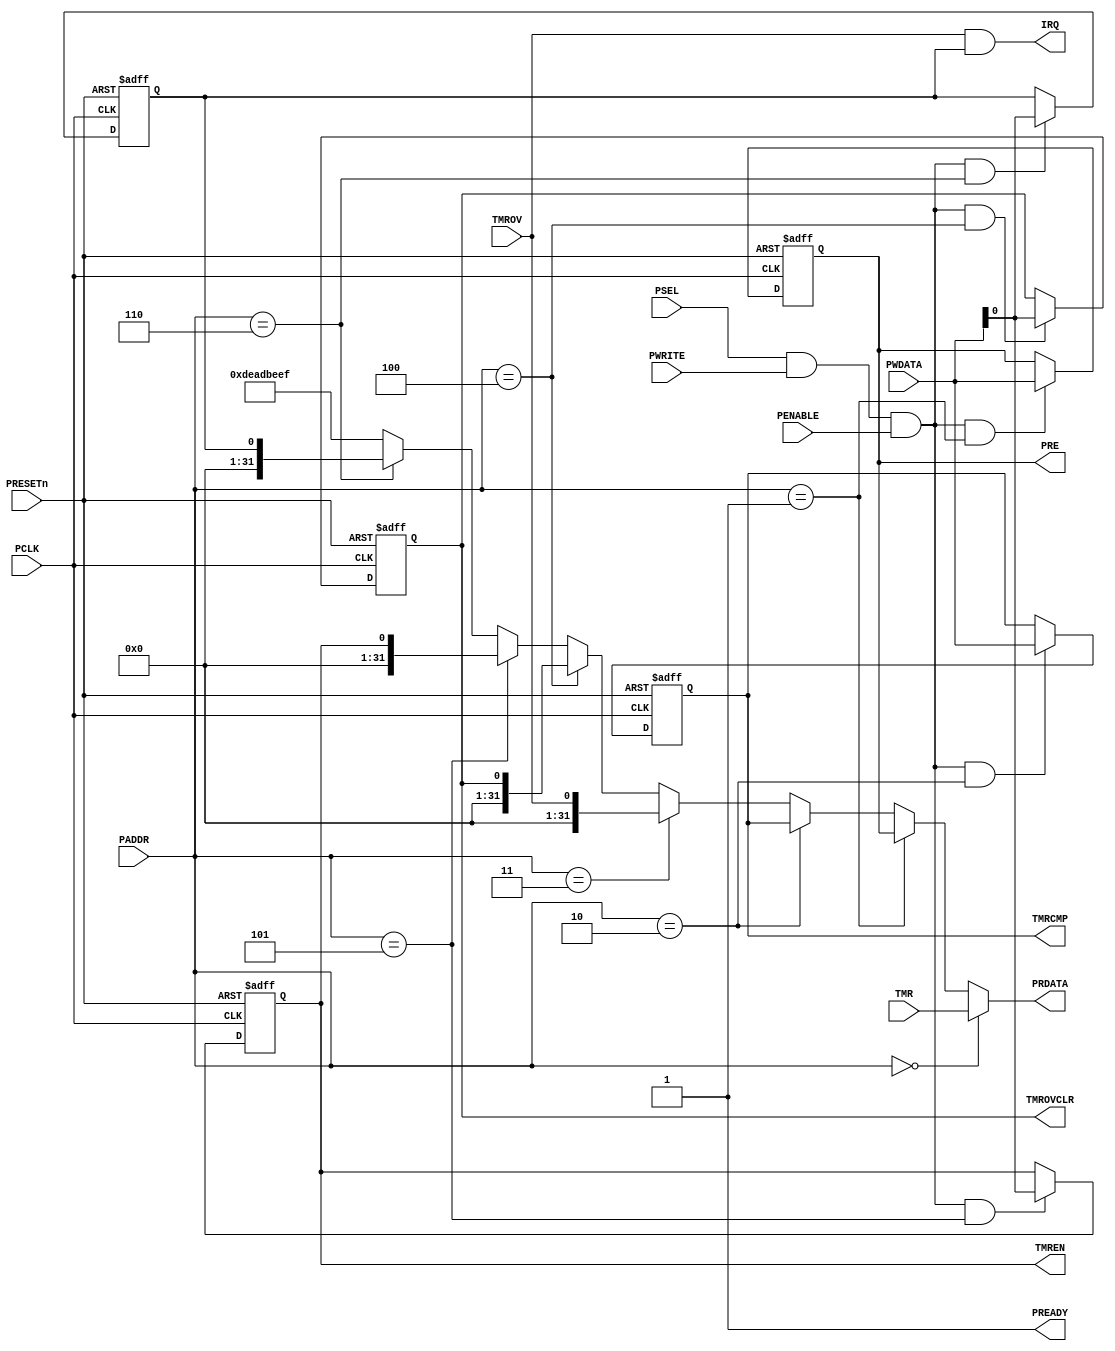
module APB_TIMER32 (
	// APB Interface
	// clock and reset 
	input  wire        PCLK,    
	//input  wire        PCLKG,   // Gated clock
	input  wire        PRESETn, // Reset

	// input ports
	input  wire        PSEL,    // Select
	input  wire [5:3] PADDR,   // Address
	input  wire        PENABLE, // Transfer control
	input  wire        PWRITE,  // Write control
	input  wire [31:0] PWDATA,  // Write data

	// output ports
	output wire [31:0] PRDATA,  // Read data
	output wire        PREADY,
	// Device ready

	// IP Interface
	output		IRQ,

	// TMR register/fields
	input [31:0] TMR,


	// PRE register/fields
	output [31:0] PRE,


	// TMRCMP register/fields
	output [31:0] TMRCMP,


	// TMROV register/fields
	input [0:0] TMROV,


	// TMROVCLR register/fields
	output [0:0] TMROVCLR,


	// TMREN register/fields
	output [0:0] TMREN

);

	parameter [2:0] TMR_ADDR      = 3'h0;
	parameter [2:0] PRE_ADDR      = 3'h1;
	parameter [2:0] TMRCMP_ADDR   = 3'h2;
	parameter [2:0] TMROV_ADDR    = 3'h3;
	parameter [2:0] TMROVCLR_ADDR = 3'h4;
	parameter [2:0] TMREN_ADDR    = 3'h5;
	parameter [2:0] IRQEN_ADDR    = 3'h6;

	wire rd_enable;
	wire wr_enable;
	assign  rd_enable = PSEL & (~PWRITE); 
	assign  wr_enable = PSEL & PWRITE & (PENABLE); 
	assign  PREADY = 1'b1;
    

    reg [31:0] PRE;

    reg [31:0] TMRCMP;

    reg [0:0] TMROVCLR;

    reg [0:0] TMREN;

    wire[31:0] TMR;
    wire[0:0] TMROV;

	// Register: PRE
	wire PRE_select = wr_enable & (PADDR[5:3] == PRE_ADDR);

    always @(posedge PCLK or negedge PRESETn)
    begin
        if (~PRESETn)
            PRE <= 32'h0;
        else if (PRE_select)
            PRE <= PWDATA;
    end
    
	// Register: TMRCMP
	wire TMRCMP_select = wr_enable & (PADDR[5:3] == TMRCMP_ADDR);

    always @(posedge PCLK or negedge PRESETn)
    begin
        if (~PRESETn)
            TMRCMP <= 32'h0;
        else if (TMRCMP_select)
            TMRCMP <= PWDATA;
    end
    
	// Register: TMROVCLR
	wire TMROVCLR_select = wr_enable & (PADDR[5:3] == TMROVCLR_ADDR);

    always @(posedge PCLK or negedge PRESETn)
    begin
        if (~PRESETn)
            TMROVCLR <= 1'h0;
        else if (TMROVCLR_select)
            TMROVCLR <= PWDATA;
    end
    
	// Register: TMREN
	wire TMREN_select = wr_enable & (PADDR[5:3] == TMREN_ADDR);

    always @(posedge PCLK or negedge PRESETn)
    begin
        if (~PRESETn)
            TMREN <= 1'h0;
        else if (TMREN_select)
            TMREN <= PWDATA;
    end
    

	// IRQ Enable Register @ offset 0x100
	reg[0:0] IRQEN;
	wire IRQEN_select = wr_enable & (PADDR[5:3] == IRQEN_ADDR);

    always @(posedge PCLK or negedge PRESETn)
    begin
        if (~PRESETn)
            IRQEN <= 1'h0;
        else if (IRQEN_select)
            IRQEN <= PWDATA;
    end
    
	assign IRQ = ( TMROV & IRQEN[0] ) ;

	assign PRDATA = 
		(PADDR[5:3] == TMR_ADDR) ? TMR : 
		(PADDR[5:3] == PRE_ADDR) ? PRE : 
		(PADDR[5:3] == TMRCMP_ADDR) ? TMRCMP : 
		(PADDR[5:3] == TMROV_ADDR) ? {31'd0,TMROV} : 
		(PADDR[5:3] == TMROVCLR_ADDR) ? {31'd0,TMROVCLR} : 
		(PADDR[5:3] == TMREN_ADDR) ? {31'd0,TMREN} : 
		(PADDR[5:3] == IRQEN_ADDR) ? {31'd0,IRQEN} : 
		32'hDEADBEEF;

endmodule